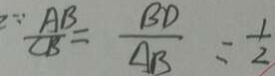
\because \frac { A B } { C B } = \frac { B D } { A B } = \frac { 1 } { 2 }